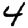
Digit: 4